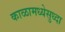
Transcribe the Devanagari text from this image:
काळामध्येसुध्दा